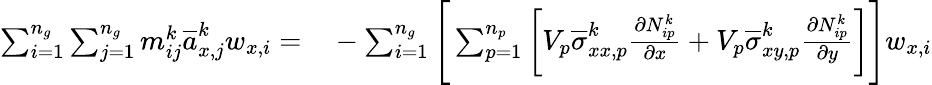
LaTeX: \begin{array}{rl}{\sum_{i=1}^{n_{g}}\sum_{j=1}^{n_{g}}m_{ij}^{k}\overline{{a}}_{x,j}^{k}w_{x,i}=}&{{}-\sum_{i=1}^{n_{g}}\Bigg[\sum_{p=1}^{n_{p}}\bigg[V_{p}\overline{{\sigma}}_{xx,p}^{k}\frac{\partial N_{ip}^{k}}{\partial x}+V_{p}\overline{{\sigma}}_{xy,p}^{k}\frac{\partial N_{ip}^{k}}{\partial y}\bigg]\Bigg]w_{x,i}}\end{array}